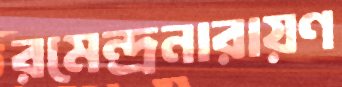
রমেন্দ্রনারায়ণ